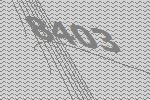
8403